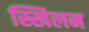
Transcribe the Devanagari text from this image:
स्खिलन